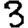
Digit: 3